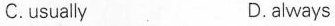
C.usuaily D.always